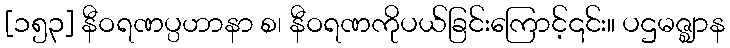
[၁၅၃] နီဝရဏပ္ပဟာနာ စ၊ နီဝရဏကိုပယ်ခြင်းကြောင့်၎င်း။ ပဌမဇ္ဈာန